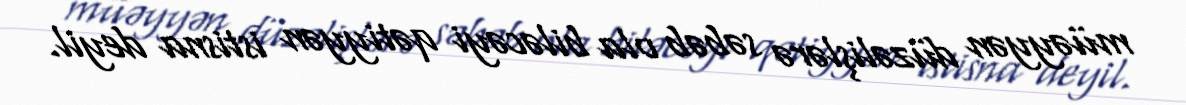
müəyyən düzəlişlərə səbəb ola biləcəyi qətiyyən istisna deyil.